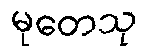
မုတေသု